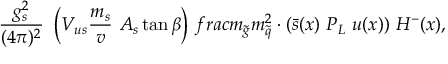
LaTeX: \frac { g _ { s } ^ { 2 } } { ( 4 \pi ) ^ { 2 } } \ \left( V _ { u s } \frac { m _ { s } } { v } \ A _ { s } \tan \beta \right) \, f r a c { m _ { \tilde { g } } } { m _ { \tilde { q } } ^ { 2 } } \cdot ( \bar { s } ( x ) \ P _ { L } \ u ( x ) ) \ H ^ { - } ( x ) ,